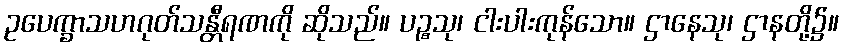
ဥပေက္ခာသဟဂုတ်သန္တီရဏကို ဆိုသည်။ ပဉ္စသု၊ ငါးပါးကုန်သော။ ဌာနေသု၊ ဌာနတို့၌။